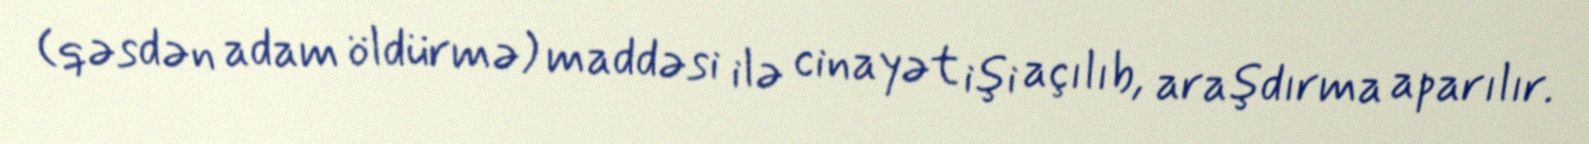
(qəsdən adam öldürmə) maddəsi ilə cinayət işi açılıb, araşdırma aparılır.